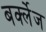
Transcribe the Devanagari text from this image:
बर्क्लेज